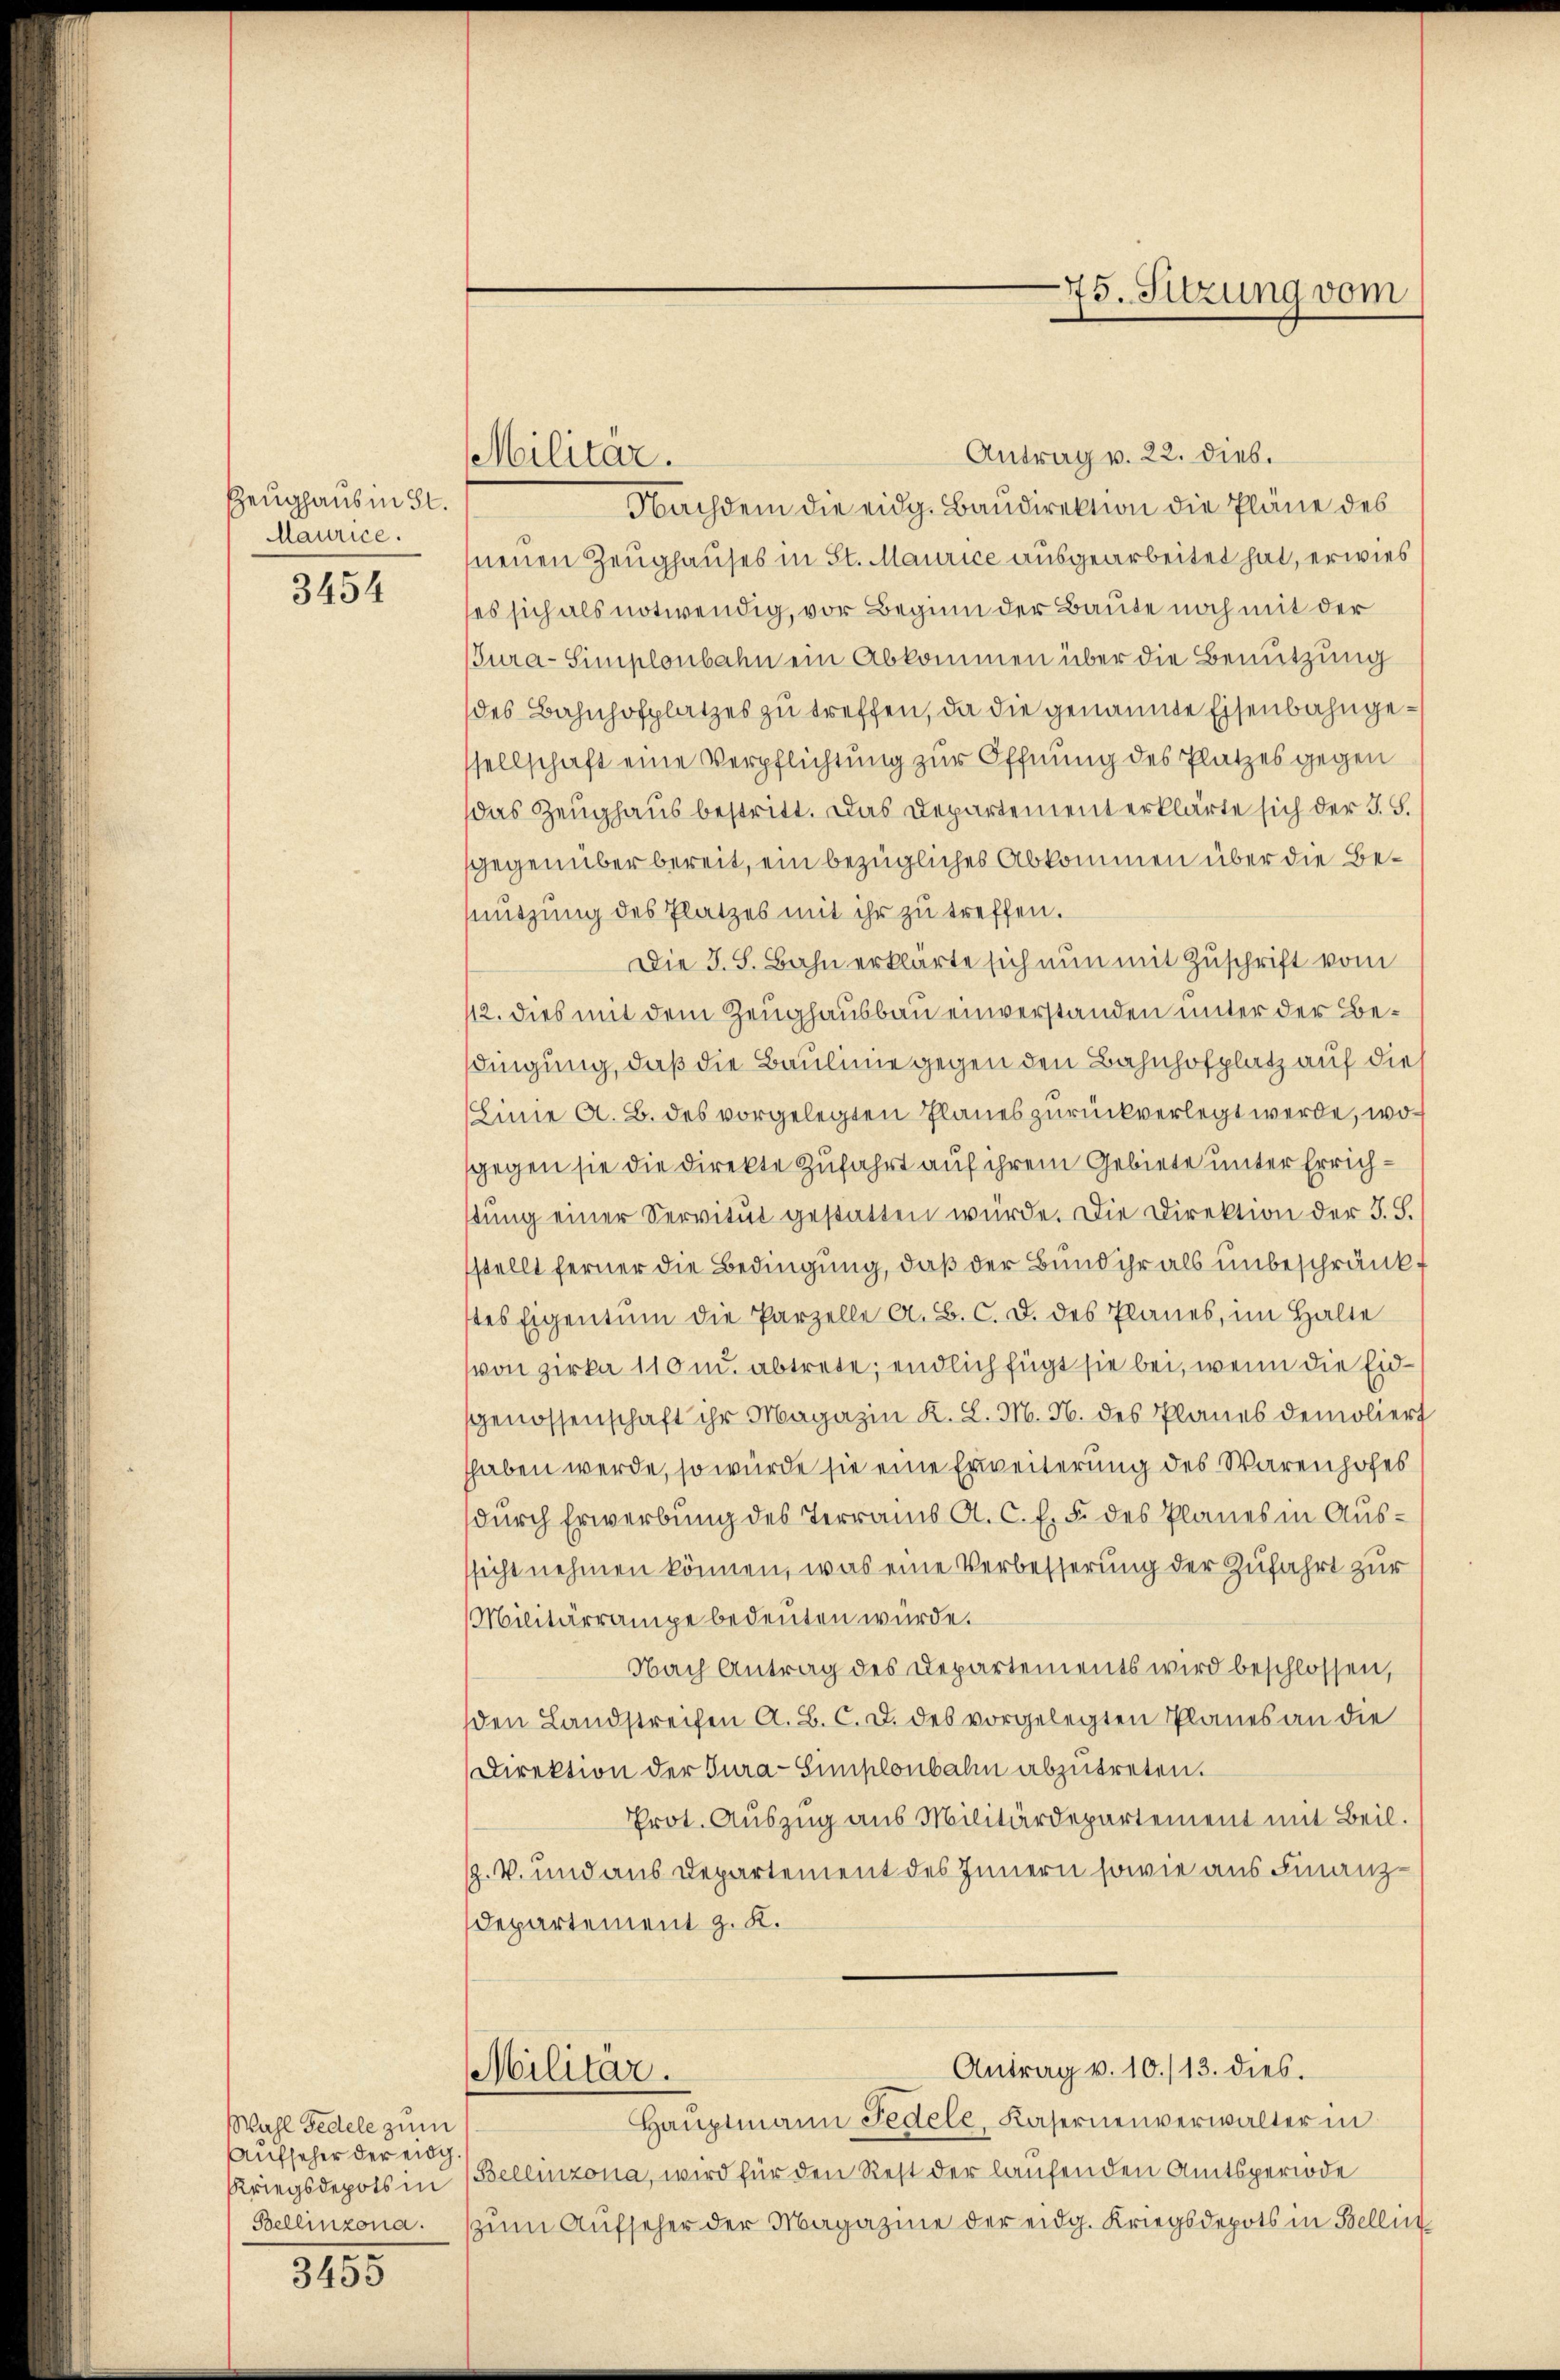
Zeughaus in St.
Maurice.

3454

Wahl Pedele zum
Aufseher der eidg

3455

Antrag v. 22. dies.
Nachdem die eidg. Baudirektion die Pläne des
neuen Zeughauses in St. Maurice ausgearbeitet hat, erwies
es sich als notwendig, vor Beginn der Baute noch mit der
Tura-Simplonbahn ein Abkommen über die Benutzung
des Bahnhofplatzes zu treffen, da die genannte Eisenbahngesellschaft eine Verpflichtung zur Öffnung des Platzes gegen
das Zeughaus bestritt. Das Departement erklärte sich der J. S.
sgegenüber bereit, ein bezügliches Abkommen über die Bennutzung des Platzes mit ihr zu treffen.
Die J. S. Bahn erklärte sich nun mit Zuschrift vom
12. dies mit dem Zeughausbau einverstanden unter der Besdingung, daß die Baulinie gegen den Bahnhofplatz auf dies
Linie A. B. des vorgelegten Planes zurückverlegt werde, wosgegen sie die Direkte Zufahrt auf ihrem Gebiete unter Errichstung einer Servitut gestatten würde. Die Direktion der J. S.
stellt ferner die Bedingung, daß der Bund ihr als unbeschränkt
tes Eigentum die Parzelle A. B. C. d. des Planes, im Halte
von Zirka 110 u. abtrete; endlich fügt sie bei, wenn die Eidgenossenschaft ihr Magazin K. L. M. N. des Planes demoliert
hhaben werde, so würde sie eine Erweiterung des Warenhofes
dŭrch Erwerbung des Terrains A. C. E. §. des Planes in Ausssicht nehmen können, was eine Verbesserung der Zufahrt zur
Militärrampe bedeuten würde.
Nach Antrag des Departements wird beschlossen,
den Landstreifen A. B. C. d. des vorgelegten Planes an die
Direktion der Tura-Simplonbahn abzutreten.
Prot. Auszug aus Militärdepartement mit Beil.
Z. V. und aus Departement des Innern sowie aus Finanz¬
Departement z. K.
Antrag v. 10./13. dies.
Militär.
Haŭptmann Fedele, Kasernenverwalter in
Kriegsdepots in Bellinzona, wird für den Rest der laufenden Amtsperiode
Bellinzona. ŭm Aŭfseher der Magazine der eidg. Kriegsdepots in Bellin

Militär.

75. Sitzung vom